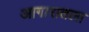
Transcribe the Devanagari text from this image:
आगारातला